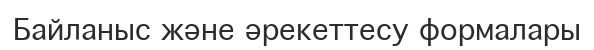
Байланыс және әрекеттесу формалары